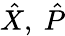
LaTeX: \hat{X},\ \hat{P}